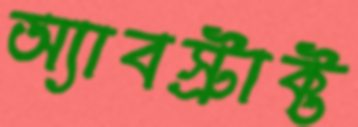
অ্যাবস্ট্রাক্ট